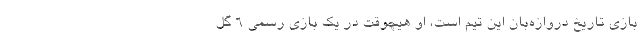
بازی تاریخ دروازه‌بان این تیم است، او هیچوقت در یک بازی رسمی 6 گل